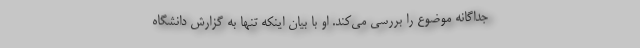
جداگانه موضوع را بررسی می‌کند. او با بیان اینکه تنها به گزارش دانشگاه